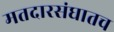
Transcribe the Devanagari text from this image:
मतदारसंघातच